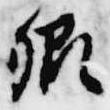
卿